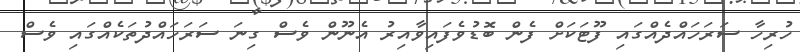
ހުރިހާ ސަރަހައްދެއްގައި ފޫޓަކަށް ފެން ބޮޑުވެފައިވާއިރު އެނޫން ވެސް ގިނަ ސަރަހައްދުތަކެއްގައި ވެސް